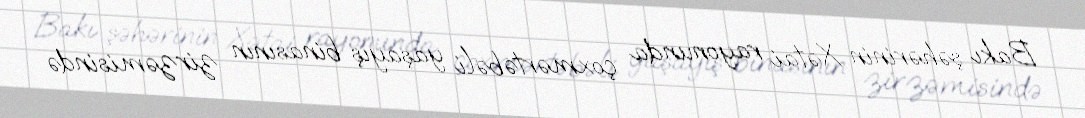
Bakı şəhərinin Xətai rayonunda çoxmərtəbəli yaşayış binasının zirzəmisində